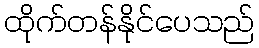
ထိုက်တန်နိုင်ပေသည်